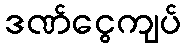
ဒဏ်ငွေကျပ်